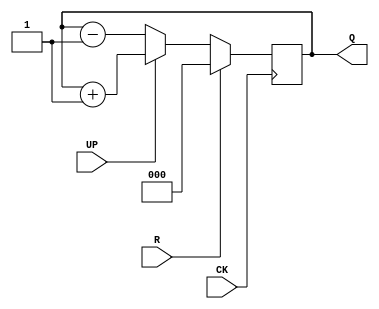
module updownCounter_3bit(CK, R, UP, Q);
    input CK, R, UP;
    output [2:0] Q;
    reg [2:0] q;

    initial q <= 3'd0;

    always @(posedge CK)
        q <= (R == 1'b1) ? 3'd0 : (UP == 1'b1) ? q + 3'd1 : q - 3'd1;
        
    assign Q = q;
endmodule

module testbench;
    reg CK, UP;
    wire R;
    wire [2:0] Q;
    initial begin
        $monitor("CK:%b UP:%b Q:%d", CK, UP, Q);
        CK <= 1'b0;
        UP <= 1'b1;
        #15 $finish;
    end

    always #1 CK <= ~CK;
    always #8 UP <= ~UP;
    
    updownCounter_3bit inst0 (CK, 1'b0, UP, Q);
endmodule